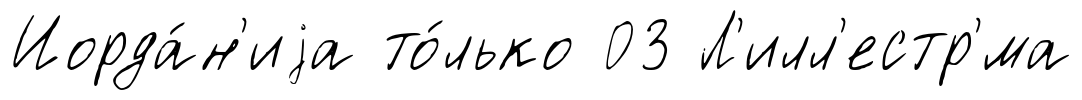
Иорда́н'иjа то́лько 03 Л'илл'естр'́ма